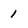
Character: 1